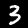
Digit: 3